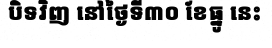
បិទវិញ នៅថ្ងៃទី៣០ ខែធ្នូ នេះ